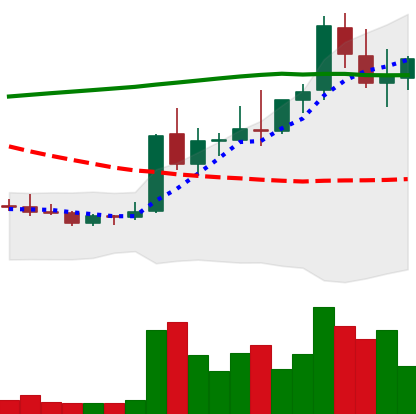
Ticker: DOGE-USD
Chart end date: 2021-08-19
Forward return: -8.957%
Label: down_7plus